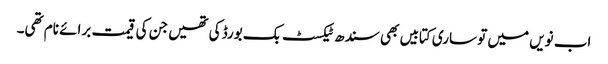
اب نویں میں تو ساری کتابیں بھی سندھ ٹیکسٹ بک بورڈ کی تھیں جن کی قیمت برائے نام تھی۔